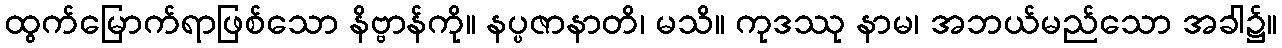
ထွက်မြောက်ရာဖြစ်သော နိဗ္ဗာန်ကို။ နပ္ပဇာနာတိ၊ မသိ။ ကုဒဿု နာမ၊ အဘယ်မည်သော အခါ၌။